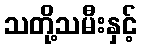
သတို့သမီးနှင့်